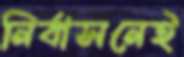
নির্বাসনেই